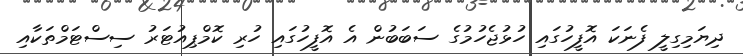
ދިޔަމިގިލީ ފެނަކަ އޮފީހުގައި ހުޅުޖެހުމުގެ ސަބަބުން އެ އޮފީހުގައި ހުރި ކޮމްޕިއުޓަރު ސިސްޓަމްތަކާއި